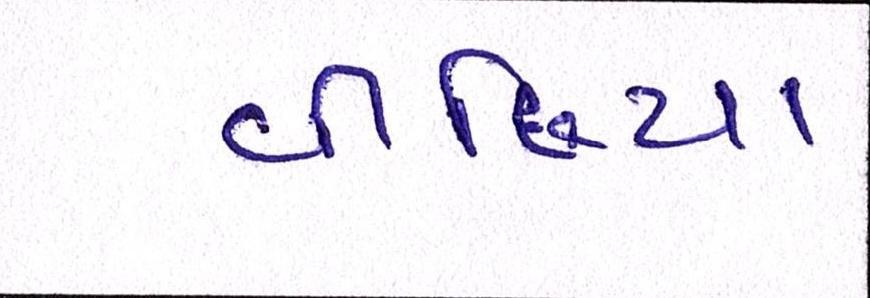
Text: વીંછિયા